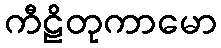
ကီဠိတုကာမော